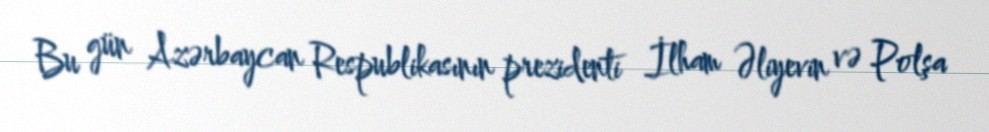
Bu gün Azərbaycan Respublikasının prezidenti İlham Əliyevin və Polşa